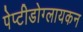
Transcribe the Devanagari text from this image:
पेप्टीडोग्लायकन